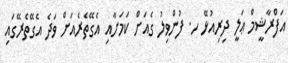
އަފްރާޝީމް ޢަލީ ދިރިއުޅޭ ހ. ފުންވިލު ގެއަށް ކަމަށާއި އެގޭތެރެއަށް ވަދެ އެގޭތެރޭގައި